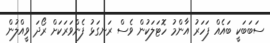
ސަބަބަކީ ބައެއް ފަހަރު އާންމު ހޮޓަލަކުން ވެސް ރަނގަޅު ފެންވަރަކަށް ރޯދަ ވީއްލުން